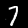
Digit: 7